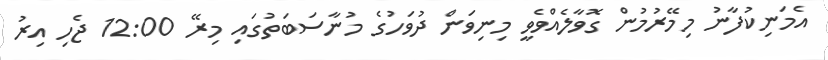
އެމަނިކުފާނު މިމޭރުމުން ގޮވާލެއްވެވީ މިނިވަން ދުވަހުގެ މުނާސަބަތުގައި މިރޭ 12:00 ޖެހި އިރު